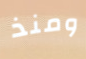
ومنذ